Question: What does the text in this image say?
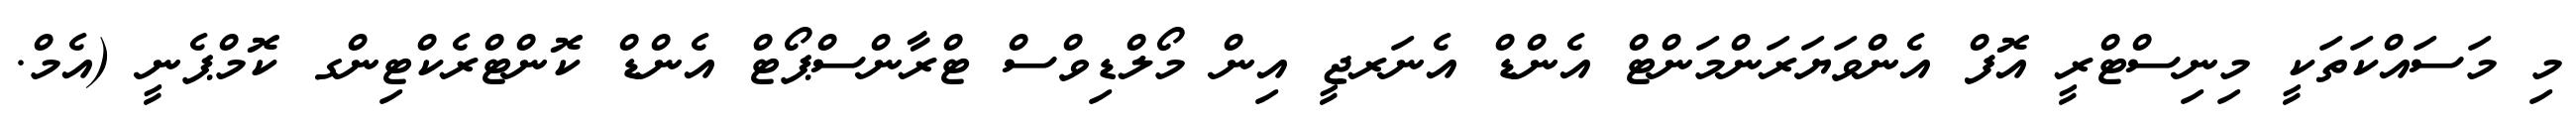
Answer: މި މަސައްކަތަކީ މިނިސްޓްރީ އޮފް އެންވަޔަރަންމަންޓް އެންޑް އެނަރޖީ އިން މޯލްޑިވްސް ޓްރާންސްޕޯޓް އެންޑް ކޮންޓްރެކްޓިންގ ކޮމްޕެނީ (އެމް.